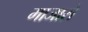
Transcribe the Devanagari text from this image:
माजासे